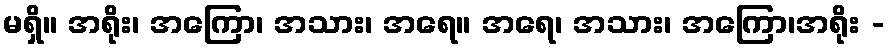
မရှိ။ အရိုး၊ အကြော၊ အသား၊ အရေ။ အရေ၊ အသား၊ အကြော၊အရိုး -